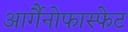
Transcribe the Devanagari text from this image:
आर्गैनोफास्फेट